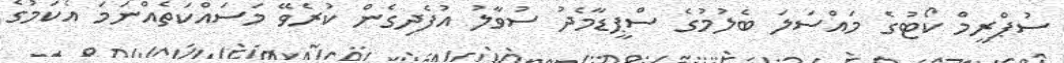
ސުޕްރީމް ކޯޓުގެ މައްސަލަ ބެލުމުގެ ސްޕީޑާމެދު ސުވާލު އުފެދިގެން ކުރެވޭ މަސައްކަތެއްނަމަ އެކަމުގެ